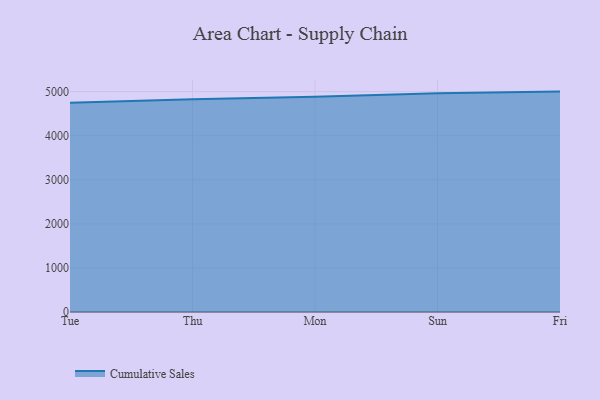
{"axis": {"x": "Day", "y": "Revenue (USD Million)"}, "legend": ["Cumulative Sales"], "data": [{"x": "Tue", "y": 4744.3, "type": "Cumulative Sales"}, {"x": "Thu", "y": 4824.8, "type": "Cumulative Sales"}, {"x": "Mon", "y": 4885.3, "type": "Cumulative Sales"}, {"x": "Sun", "y": 4962.0, "type": "Cumulative Sales"}, {"x": "Fri", "y": 5000, "type": "Cumulative Sales"}]}